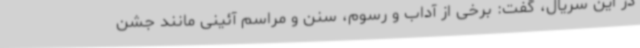
در این سریال، گفت: برخی از آداب و رسوم، سنن و مراسم آئینی مانند جشن